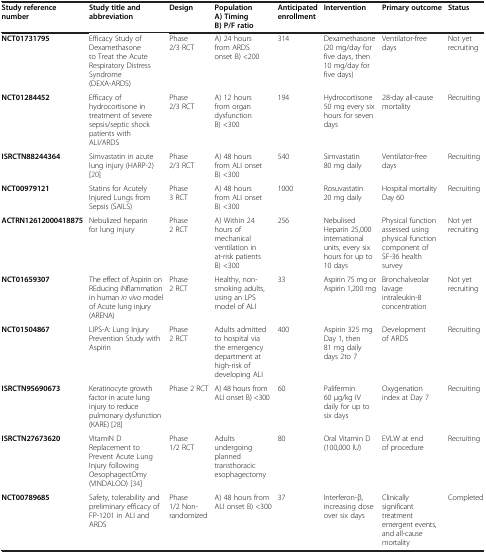
<table><thead><tr><td><b>Study reference number</b></td><td><b>Study title and abbreviation</b></td><td><b>Design</b></td><td><b>Population A) Timing B) P/F ratio</b></td><td><b>Anticipated enrollment</b></td><td><b>Intervention</b></td><td><b>Primary outcome</b></td><td><b>Status</b></td></tr></thead><tbody><tr><td><b>NCT01731795</b></td><td>Efficacy Study of Dexamethasone to Treat the Acute Respiratory Distress Syndrome (DEXA-ARDS)</td><td>Phase 2/3 RCT</td><td>A) 24 hours from ARDS onset B) &lt;200</td><td>314</td><td>Dexamethasone (20 mg/day for five days, then 10 mg/day for five days)</td><td>Ventilator-free days</td><td>Not yet recruiting</td></tr><tr><td><b>NCT01284452</b></td><td>Efficacy of hydrocortisone in treatment of severe sepsis/septic shock patients with ALI/ARDS</td><td>Phase 2/3 RCT</td><td>A) 12 hours from organ dysfunction B) &lt;300</td><td>194</td><td>Hydrocortisone 50 mg every six hours for seven days</td><td>28-day all-cause mortality</td><td>Recruiting</td></tr><tr><td><b>ISRCTN88244364</b></td><td>Simvastatin in acute lung injury (HARP-2) [20]</td><td>Phase 2/3 RCT</td><td>A) 48 hours from ALI onset B) &lt;300</td><td>540</td><td>Simvastatin 80 mg daily</td><td>Ventilator-free days</td><td>Recruiting</td></tr><tr><td><b>NCT00979121</b></td><td>Statins for Acutely Injured Lungs from Sepsis (SAILS)</td><td>Phase 3 RCT</td><td>A) 48 hours from ALI onset B) &lt;300</td><td>1000</td><td>Rosuvastatin 20 mg daily</td><td>Hospital mortality Day 60</td><td>Recruiting</td></tr><tr><td><b>ACTRN12612000418875</b></td><td>Nebulized heparin for lung injury</td><td>Phase 2 RCT</td><td>A) Within 24 hours of mechanical ventilation in at-risk patients B) &lt;300</td><td>256</td><td>Nebulised Heparin 25,000 international units, every six hours for up to 10 days</td><td>Physical function assessed using physical function component of SF-36 health survey</td><td>Not yet recruiting</td></tr><tr><td><b>NCT01659307</b></td><td>The effect of Aspirin on REducing iNflammation in human <i>in vivo</i> model of Acute lung injury (ARENA)</td><td>Phase 2 RCT</td><td>Healthy, non-smoking adults, using an LPS model of ALI</td><td>33</td><td>Aspirin 75 mg or Aspirin 1,200 mg</td><td>Bronchalveolar lavage intraleukin-8 concentration</td><td>Not yet recruiting</td></tr><tr><td><b>NCT01504867</b></td><td>LIPS-A: Lung Injury Prevention Study with Aspirin</td><td>Phase 2 RCT</td><td>Adults admitted to hospital via the emergency department at high-risk of developing ALI</td><td>400</td><td>Aspirin 325 mg Day 1, then 81 mg daily days 2to 7</td><td>Development of ARDS</td><td>Recruiting</td></tr><tr><td><b>ISRCTN95690673</b></td><td>Keratinocyte growth factor in acute lung injury to reduce pulmonary dysfunction (KARE) [28]</td><td>Phase 2 RCT</td><td>A) 48 hours from ALI onset B) &lt;300</td><td>60</td><td>Palifermin 60 μg/kg IV daily for up to six days</td><td>Oxygenation index at Day 7</td><td>Recruiting</td></tr><tr><td><b>ISRCTN27673620</b></td><td>VItamiN D Replacement to Prevent Acute Lung Injury following OesophagectOmy (VINDALOO) [34]</td><td>Phase 1/2 RCT</td><td>Adults undergoing planned transthoracic esophagectomy</td><td>80</td><td>Oral Vitamin D (100,000 IU)</td><td>EVLW at end of procedure</td><td>Recruiting</td></tr><tr><td><b>NCT00789685</b></td><td>Safety, tolerability and preliminary efficacy of FP-1201 in ALI and ARDS</td><td>Phase 1/2 Non-randomized</td><td>A) 48 hours from ALI onset B) &lt;300</td><td>37</td><td>Interferon-β, increasing dose over six days</td><td>Clinically significant treatment emergent events, and all-cause mortality</td><td>Completed</td></tr></tbody></table>